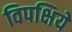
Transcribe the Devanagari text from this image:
विपक्षिये